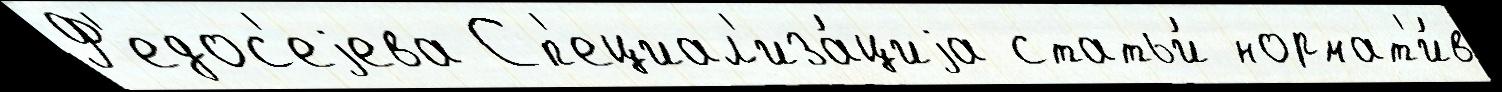
Ф'едос'еjева Сп'ециал'иза́циjа статьи́ нормат'и́в